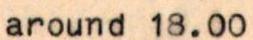
around 18.00